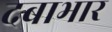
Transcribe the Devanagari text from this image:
दबाभार